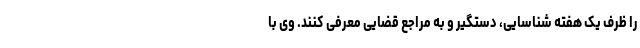
را ظرف یک هفته شناسایی، دستگیر و به مراجع قضایی معرفی کنند. وی با